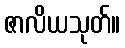
ဇာလိယသုတ်။